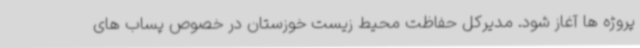
پروژه ها آغاز شود. مدیرکل حفاظت محیط زیست خوزستان در خصوص پساب های